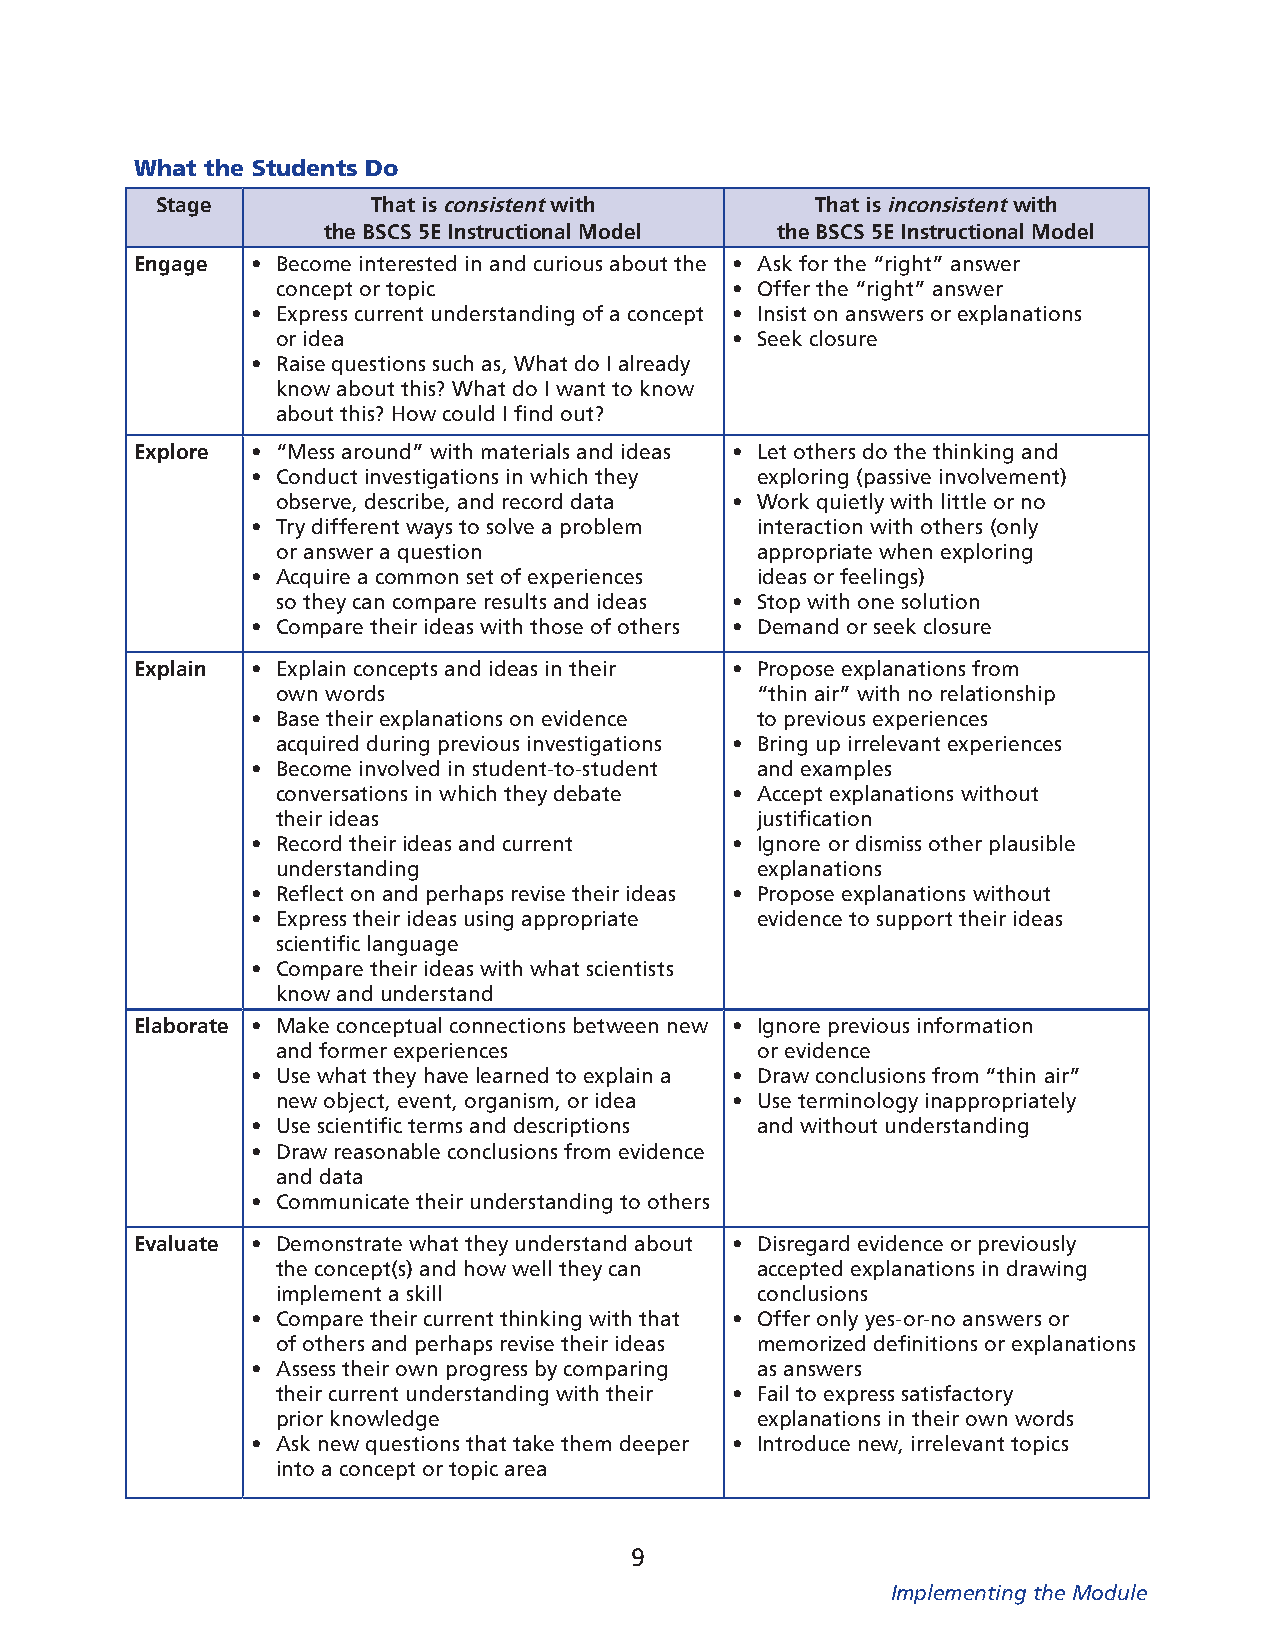
What the Students Do
 Stage          That is consistent with      That is inconsistent with
 the BSCS 5E Instructional Model the BSCS 5E Instructional Model
 Engage  • Become interested in and curious about the • Ask for the “right” answer
 concept or topic              • Offer the “right” answer
 • Express current understanding of a concept • Insist on answers or explanations
 or idea                       • Seek closure
 • Raise questions such as, What do I already
 know about this? What do I want to know
 about this? How could I find out?
 Explore • “Mess around” with materials and ideas • Let others do the thinking and
 • Conduct investigations in which they exploring (passive involvement)
 observe, describe, and record data • Work quietly with little or no
 • Try different ways to solve a problem interaction with others (only
 or answer a question            appropriate when exploring
 • Acquire a common set of experiences ideas or feelings)
 so they can compare results and ideas • Stop with one solution
 • Compare their ideas with those of others • Demand or seek closure
 Explain • Explain concepts and ideas in their • Propose explanations from
 own words                       “thin air” with no relationship
 • Base their explanations on evidence to previous experiences
 acquired during previous investigations • Bring up irrelevant experiences
 • Become involved in student-to-student and examples
 conversations in which they debate • Accept explanations without
 their ideas                     justification
 • Record their ideas and current • Ignore or dismiss other plausible
 understanding                   explanations
 • Reflect on and perhaps revise their ideas • Propose explanations without
 • Express their ideas using appropriate evidence to support their ideas
 scientific language
 • Compare their ideas with what scientists
 know and understand
 Elaborate • Make conceptual connections between new • Ignore previous information
 and former experiences          or evidence
 • Use what they have learned to explain a • Draw conclusions from “thin air”
 new object, event, organism, or idea • Use terminology inappropriately
 • Use scientific terms and descriptions and without understanding
 • Draw reasonable conclusions from evidence
 and data
 • Communicate their understanding to others
 Evaluate • Demonstrate what they understand about • Disregard evidence or previously
 the concept(s) and how well they can accepted explanations in drawing
 implement a skill               conclusions
 • Compare their current thinking with that • Offer only yes-or-no answers or
 of others and perhaps revise their ideas memorized definitions or explanations
 • Assess their own progress by comparing as answers
 their current understanding with their • Fail to express satisfactory
 prior knowledge                 explanations in their own words
 • Ask new questions that take them deeper • Introduce new, irrelevant topics
 into a concept or topic area
 9
 Implementing the Module